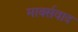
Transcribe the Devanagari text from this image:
मार्क्‍सवाद